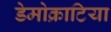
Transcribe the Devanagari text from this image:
डेमोक्राटिया